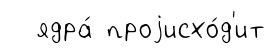
ядра́ проjисхо́д'ит